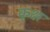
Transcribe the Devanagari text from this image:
कृक्ष